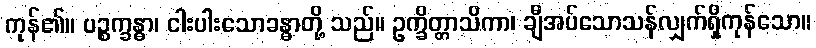
ကုန်၏။ ပဉ္စက္ခန္ဓာ၊ ငါးပါးသောခန္ဓာတို့ သည်။ ဥက္ခိတ္တာသိကာ၊ ချီအပ်သောသန်လျှက်ရှိကုန်သော။